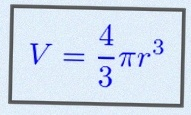
V=\frac43\pi r^3